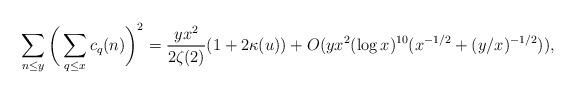
LaTeX: \begin{align*} \sum_{n \le y} \bigg(\sum_{q \le x} c_q(n)\bigg)^2 = \frac{yx^2}{2\zeta(2)}(1+2 \kappa(u)) + O(yx^2 (\log x)^{10} (x^{-1/2}+(y/x)^{-1/2}) ),\end{align*}